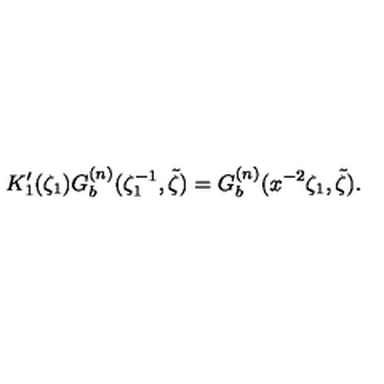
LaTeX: K _ { 1 } ^ { \prime } ( \zeta _ { 1 } ) G _ { b } ^ { ( n ) } ( \zeta _ { 1 } ^ { - 1 } , \tilde { \zeta } ) = G _ { b } ^ { ( n ) } ( x ^ { - 2 } \zeta _ { 1 } , \tilde { \zeta } ) .